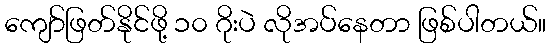
ကျော်ဖြတ်နိုင်ဖို့ ၁၀ ဂိုးပဲ လိုအပ်နေတာ ဖြစ်ပါတယ်။